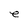
Character: e